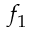
f _ { 1 }